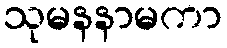
သုမနနာမကာ